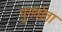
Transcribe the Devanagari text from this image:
पुनर्वाता